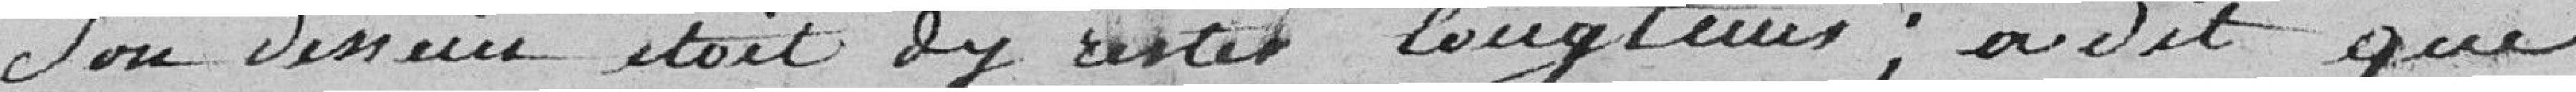
son dessein était d'y rester longtemps; a dit que